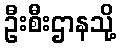
ဦးစီးဌာနသို့